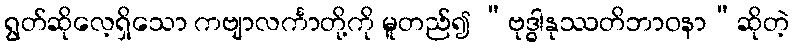
ရွတ်ဆိုလေ့ရှိသော ကဗျာလင်္ကာတို့ကို မူတည်၍ “ဗုဒ္ဓါနုဿတိဘာဝနာ”ဆိုတဲ့